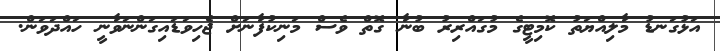
އަޅުގަނޑު މާލިއްޔަތު ކޮމިޓީގެ މުގައްރިރު ބުނާ ގޮތް ވެސް މަނިކުފާނަށް ޖެހިވަޑައިގަންނަވާނީ ހައްދަވަން.